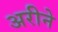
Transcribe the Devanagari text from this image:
अरीने